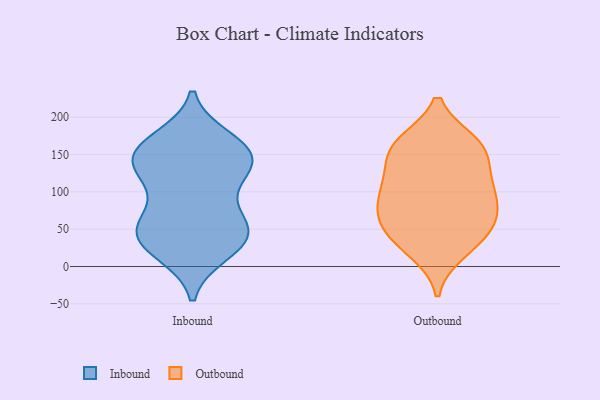
{"axis": {"x": "Revenue (USD Million)", "y": "Value"}, "legend": ["Inbound", "Outbound"], "data": [{"x": "", "y": 49, "type": "Inbound"}, {"x": "", "y": 149, "type": "Inbound"}, {"x": "", "y": 18, "type": "Inbound"}, {"x": "", "y": 55, "type": "Inbound"}, {"x": "", "y": 20, "type": "Inbound"}, {"x": "", "y": 157, "type": "Inbound"}, {"x": "", "y": 171, "type": "Inbound"}, {"x": "", "y": 62, "type": "Inbound"}, {"x": "", "y": 149, "type": "Inbound"}, {"x": "", "y": 137, "type": "Inbound"}, {"x": "", "y": 45, "type": "Inbound"}, {"x": "", "y": 136, "type": "Inbound"}, {"x": "", "y": 127, "type": "Inbound"}, {"x": "", "y": 112, "type": "Inbound"}, {"x": "", "y": 170, "type": "Inbound"}, {"x": "", "y": 53, "type": "Inbound"}, {"x": "", "y": 97, "type": "Inbound"}, {"x": "", "y": 43, "type": "Inbound"}, {"x": "", "y": 28, "type": "Inbound"}, {"x": "", "y": 148, "type": "Inbound"}, {"x": "", "y": 58, "type": "Outbound"}, {"x": "", "y": 41, "type": "Outbound"}, {"x": "", "y": 54, "type": "Outbound"}, {"x": "", "y": 103, "type": "Outbound"}, {"x": "", "y": 97, "type": "Outbound"}, {"x": "", "y": 89, "type": "Outbound"}, {"x": "", "y": 72, "type": "Outbound"}, {"x": "", "y": 121, "type": "Outbound"}, {"x": "", "y": 68, "type": "Outbound"}, {"x": "", "y": 146, "type": "Outbound"}, {"x": "", "y": 166, "type": "Outbound"}, {"x": "", "y": 165, "type": "Outbound"}, {"x": "", "y": 114, "type": "Outbound"}, {"x": "", "y": 28, "type": "Outbound"}, {"x": "", "y": 162, "type": "Outbound"}, {"x": "", "y": 160, "type": "Outbound"}, {"x": "", "y": 20, "type": "Outbound"}]}